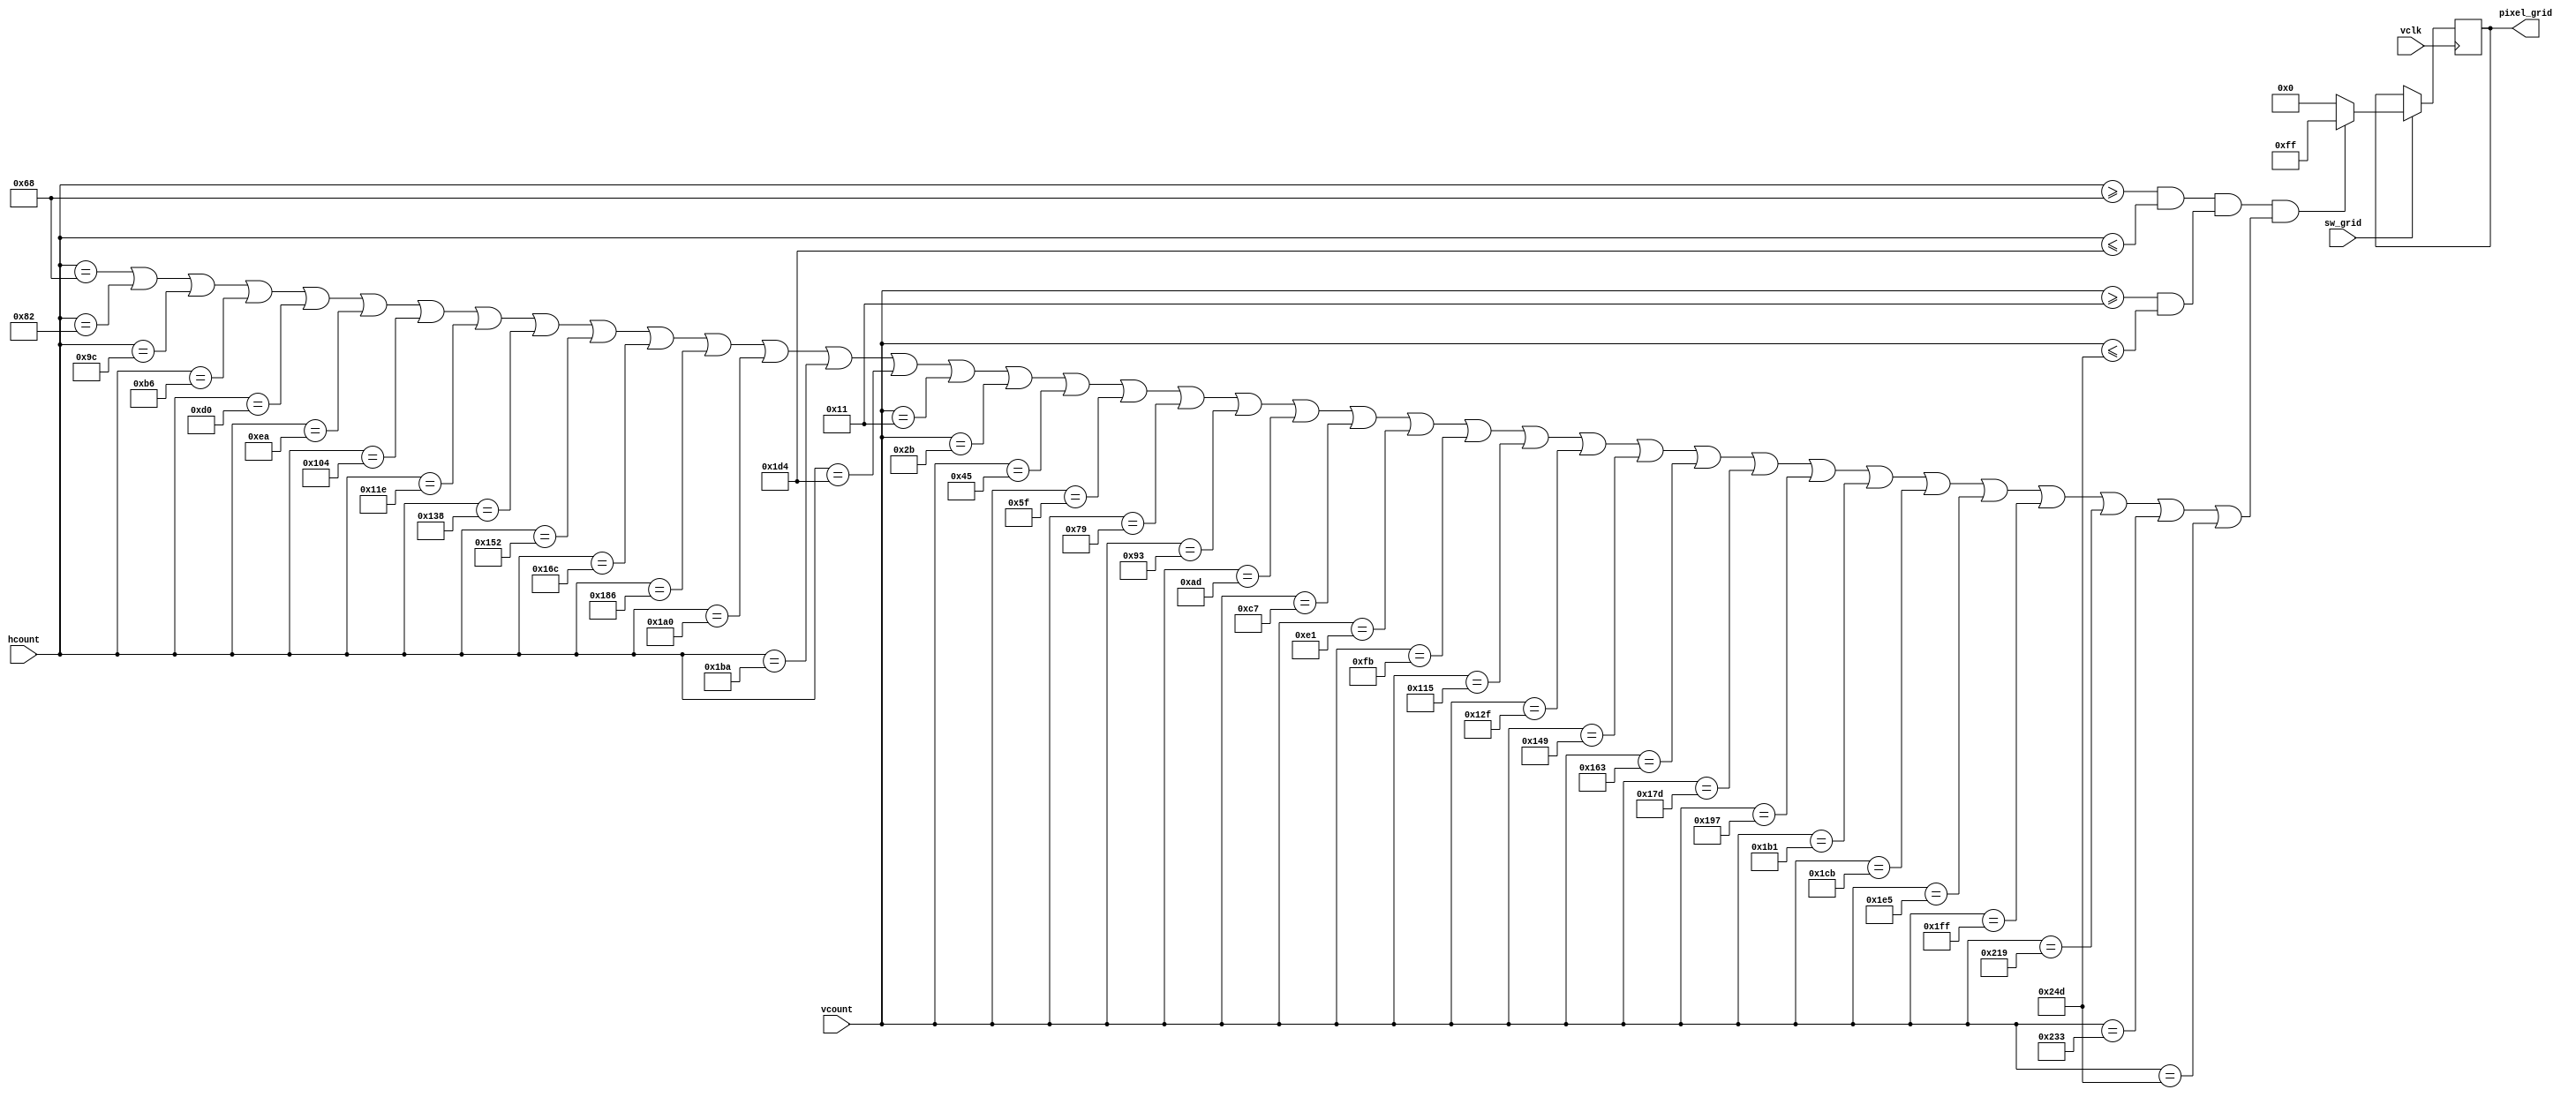
`timescale 1ns / 1ps
//////////////////////////////////////////////////////////////////////////////////
// Company: 
// Engineer: 
// 
// Design Name: 
// Module Name:    Grid 
// Project Name: 
// Target Devices: 
// Tool versions: 
// Description: 
//
// Dependencies: 
//
// Revision: 
// Revision 0.01 - File Created
// Additional Comments: 
//
//////////////////////////////////////////////////////////////////////////////////
module Grid(
			vclk,
			sw_grid,
			hcount,
			vcount,
			pixel_grid
);

// ====================================================================================
// 										Port Declarations
// ====================================================================================			
	input						vclk; 
	input						sw_grid;
	input		[10:0]	hcount;
  input 	[9:0]	 	vcount;
	output	[7:0]		pixel_grid;

// ====================================================================================
// 								Parameters, Register, and Wires
// ====================================================================================
	reg		[7:0]			pixel_grid;

//  ===================================================================================
// 							  				Implementation
//  ===================================================================================	

	always @(posedge vclk)
	begin
			if (sw_grid)
			begin
				if ((hcount >= 104 && hcount <= 468) && (vcount >= 17 && vcount <= 589) && 
						(hcount == 104 || hcount == 130 || hcount == 156 || hcount == 182 || 
						hcount == 208 || hcount == 234 || hcount == 260 || hcount == 286 || 
						hcount == 312 || hcount == 338 || hcount == 364 || hcount == 390 || 
						hcount == 416 || hcount == 442 || hcount == 468 ||
						vcount == 17 || vcount == 43 || vcount == 69 || vcount == 95 ||
						vcount == 121 || vcount == 147 || vcount == 173 || vcount == 199 ||
						vcount == 225 || vcount == 251 || vcount == 277 || vcount == 303 ||
						vcount == 329 || vcount == 355 || vcount == 381 || vcount == 407 ||
						vcount == 433 || vcount == 459 || vcount == 485 || vcount == 511 ||
						vcount == 537 || vcount == 563 || vcount == 589))
						pixel_grid = 8'b1111_1111;
				else
						pixel_grid = 8'b0000_0000;
			end
	end
	
	//assign pixel_grid = {temp_pixel_grid,5'b0};


endmodule